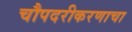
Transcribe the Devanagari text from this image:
चौपदरीकरणाचा